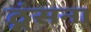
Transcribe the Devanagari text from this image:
ठूंसना